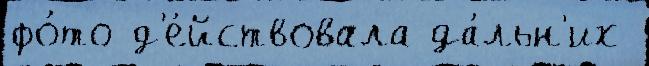
фо́то д'е́йствовала да́льн'их